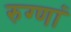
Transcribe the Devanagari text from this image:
रुग्णां